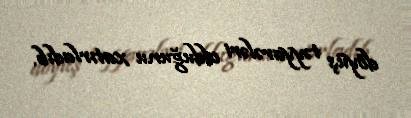
döyüş təyyarələri olduğunu xatırladıb.